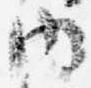
内